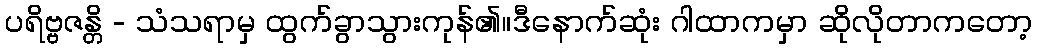
ပရိဗ္ဗဇန္တိ - သံသရာမှ ထွက်ခွာသွားကုန်၏။ဒီနောက်ဆုံး ဂါထာကမှာ ဆိုလိုတာကတော့